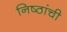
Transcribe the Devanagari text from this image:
निष्ठांची